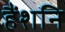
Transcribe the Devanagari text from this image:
हैंशनि